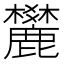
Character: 𪋤